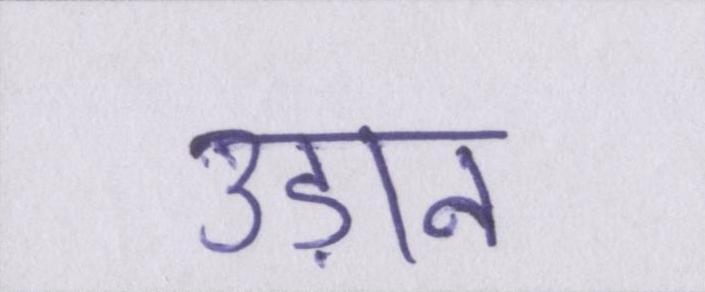
उड़ान